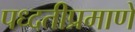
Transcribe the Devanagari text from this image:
पध्दतीप्रमाणे